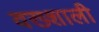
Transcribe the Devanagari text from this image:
वख्शाली